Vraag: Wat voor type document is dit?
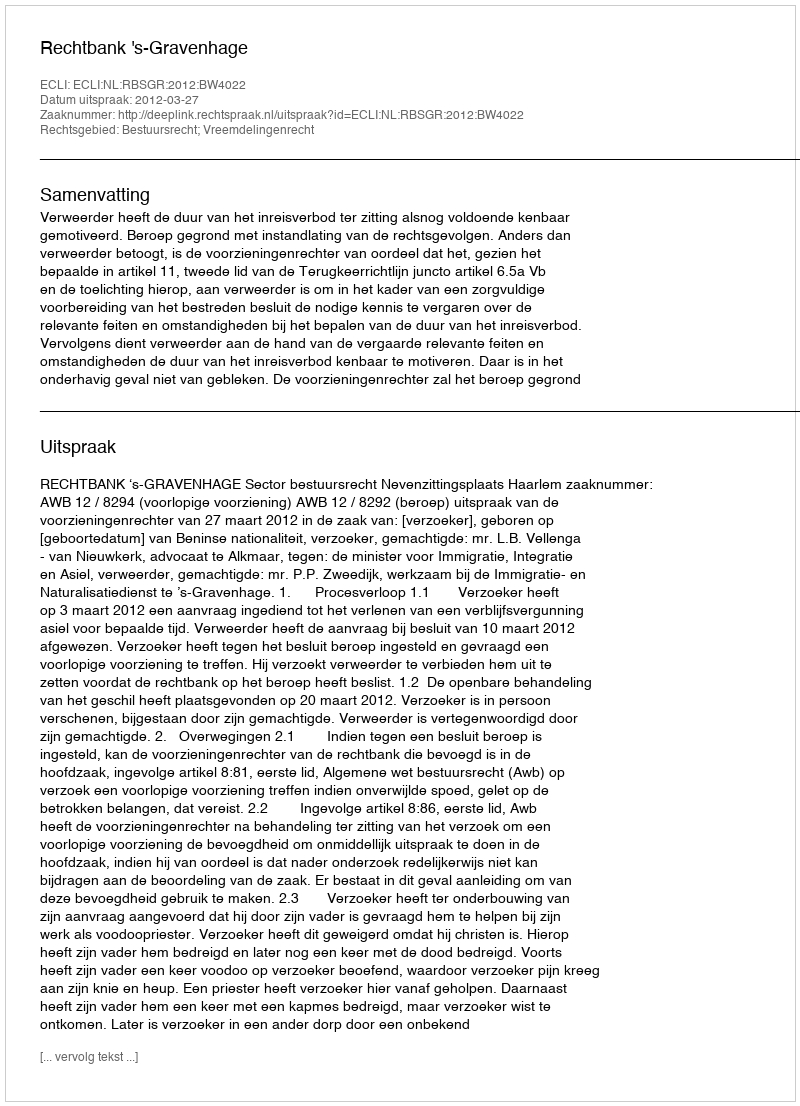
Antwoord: Uitspraak